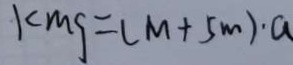
k m g = ( m + 5 m ) \cdot a